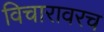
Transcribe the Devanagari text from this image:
विचारावरच